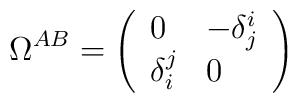
\Omega ^{AB}=\left(\begin{array}{ll}0 & -\delta _{j}^{i} \\\delta _{i}^{j} & 0\end{array}\right)